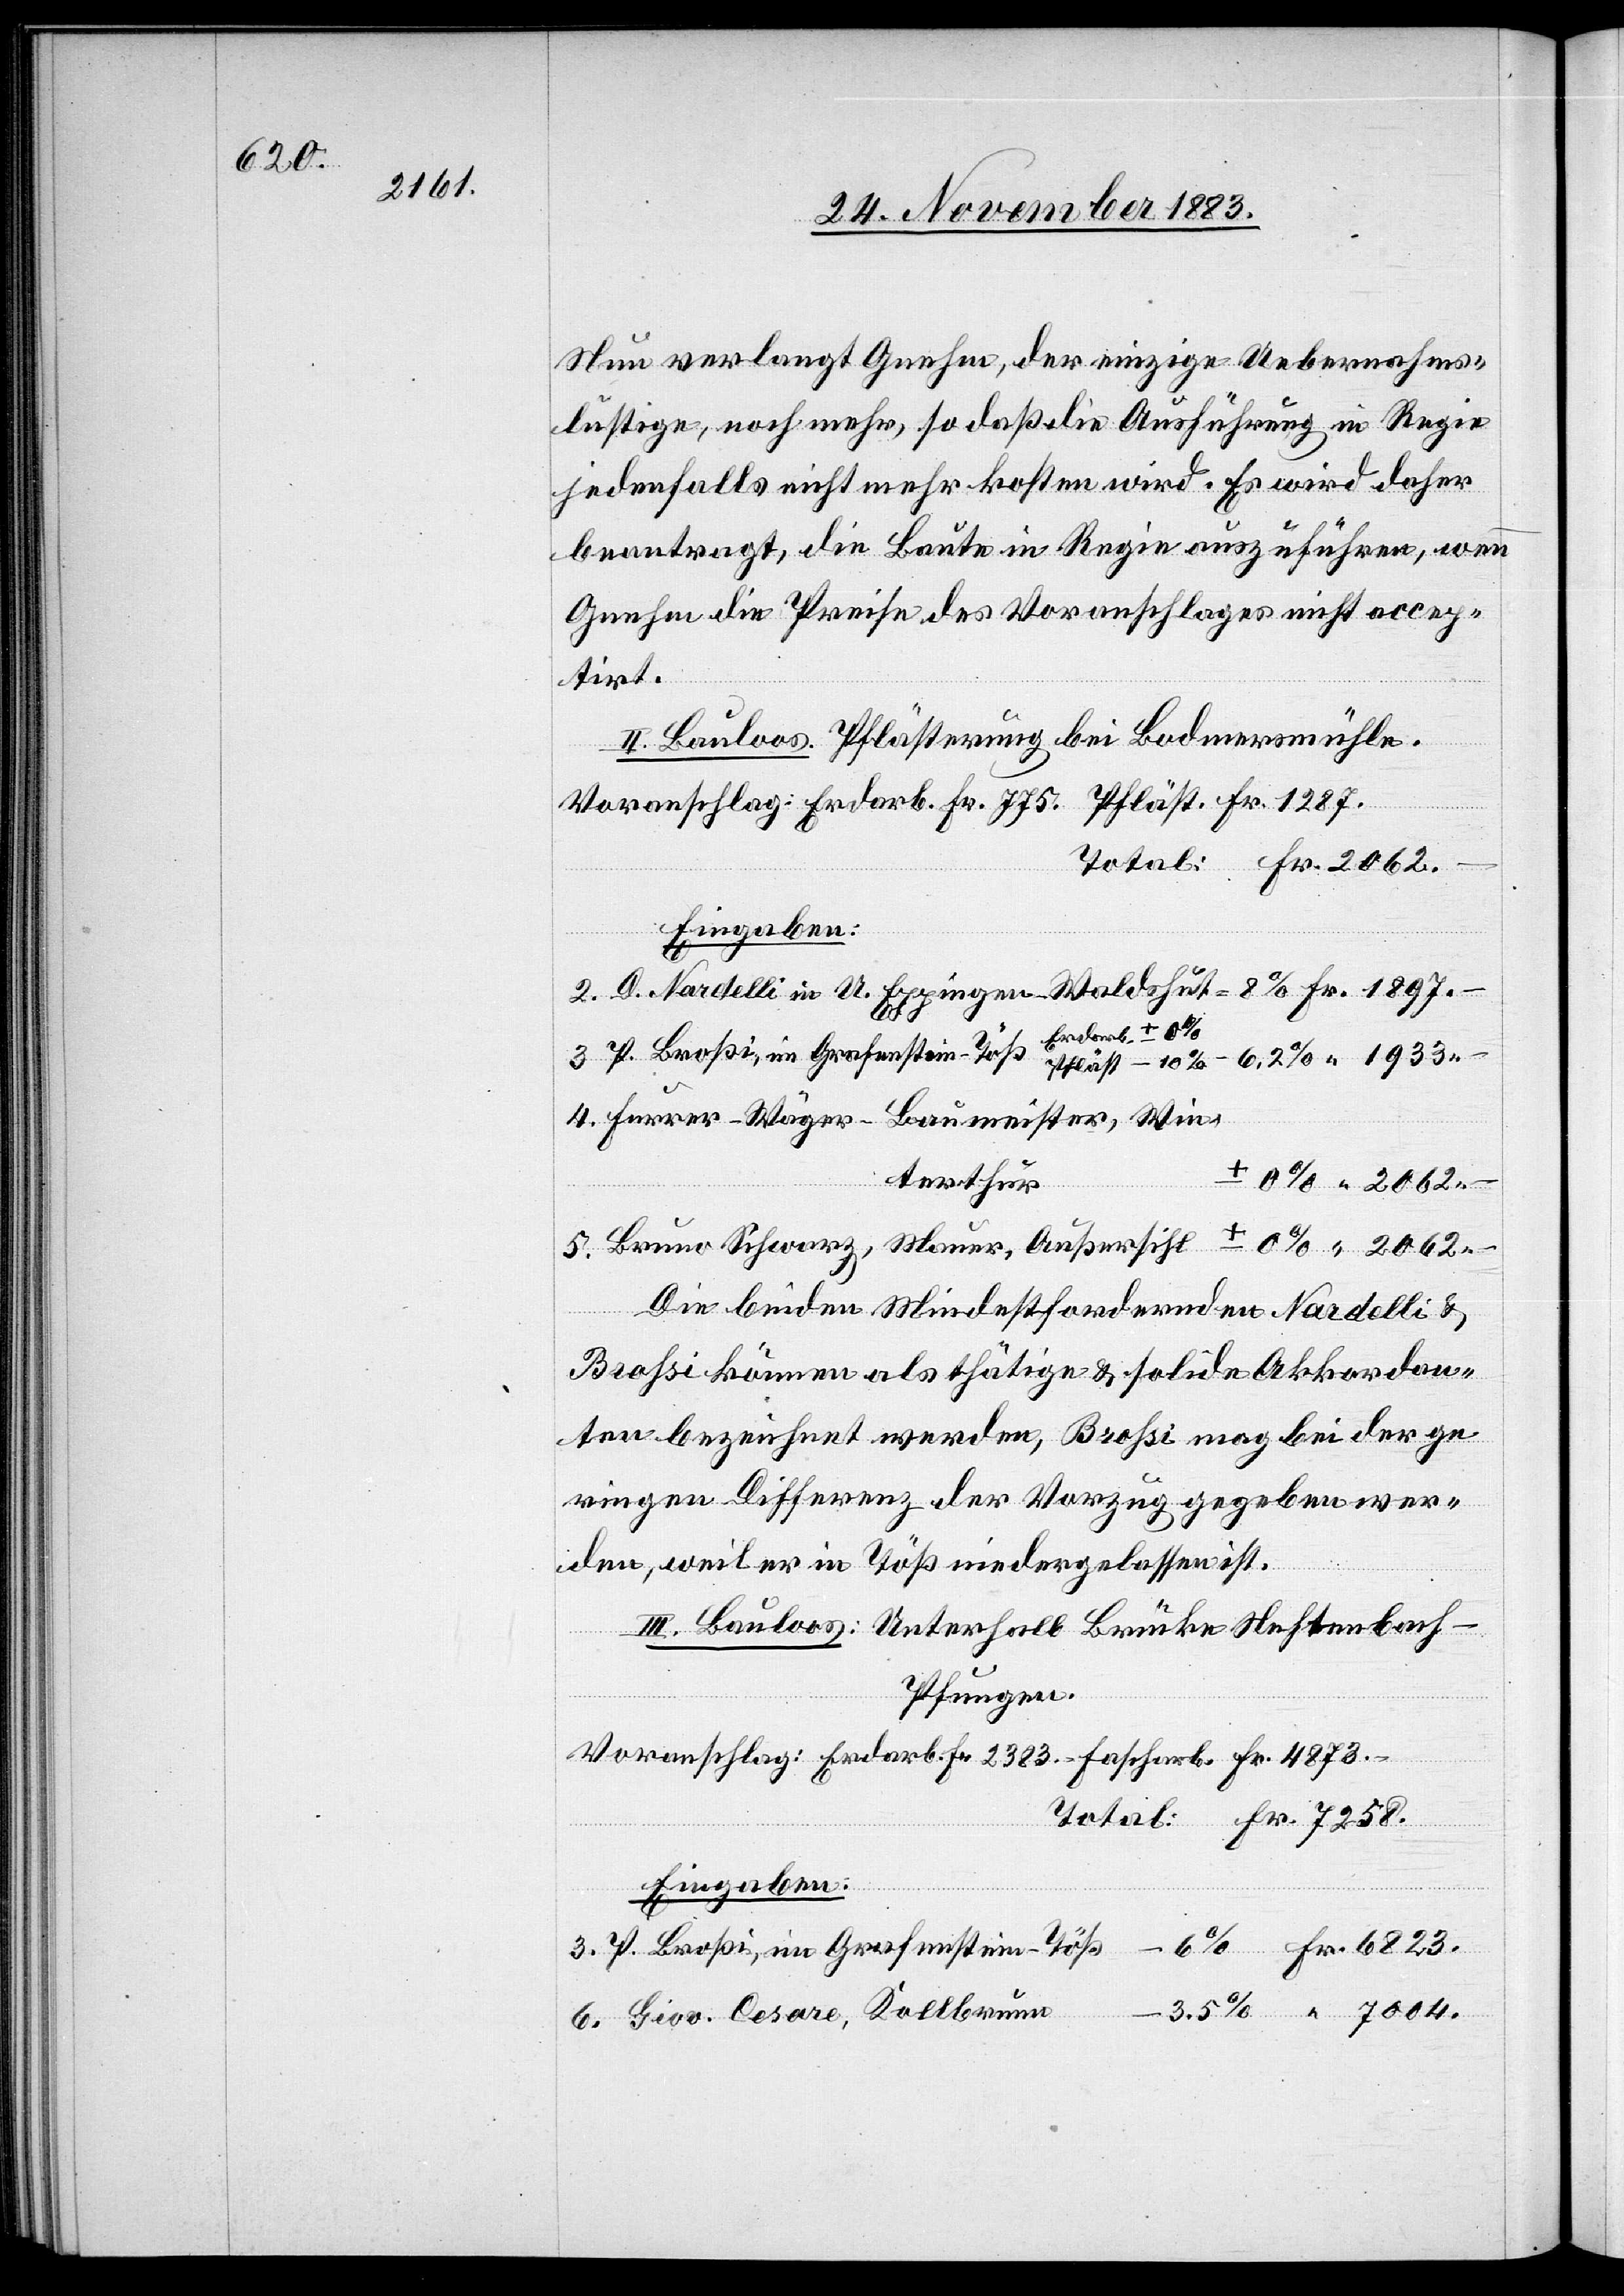
6823.

7004.

Neu verlangt Gnehm, der einzige Uebernahms¬
lustige, noch mehr, so daß die Ausführung in Regie
jedenfalls nicht mehr kosten wird. Es wird daher
beantragt, die Baute in Regie auszuführen, wenn
Gnehm die Preise des Voranschlages nicht accep¬
tirt.
II. Bauloos. Pflästerung bei Bodmersmühle.
Voranschlag: Erdarb. Fr. 775. Pfläst. Fr. 1897.
Total: Fr. 2062 –.
Eingabe:
terthur
Die beiden Mindestfordernden Nardelli &
Broßi können als thätige & solide Akkordan¬
ten bezeichnet werden, Broßi mag bei der ge¬
ringen Differenz der Vorzug gegeben wer¬
Fr.
den, weil er in Töß niedergelassen ist.
III. Bauloos: Unterhalb Brücke Neftenbach–P¬
fungen.
Voranschlag: Erdarb. Fr. 2383 – Fascharb. Fr. 4873 –
Total: Fr. 7258.